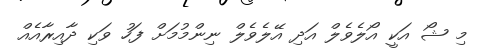
މި ޝޯ އަކީ އޯލެވެލް އަދި އޭލެވެލް ނިންމުމަށް ފަހު ވަކި ދާއިރާއެއް